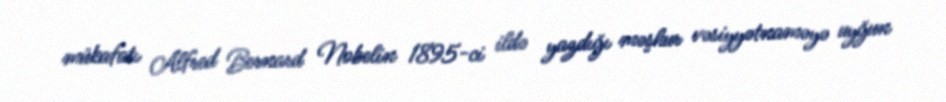
mükafatı Alfred Bernard Nobelin 1895-ci ildə yazdığı məşhur vəsiyyətnaməyə uyğun